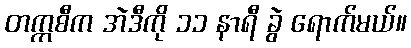
တက္ကစီက အဲဒီကို ၁၁ နာရီ ခွဲ ရောက်မယ်။